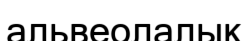
альвеолалық